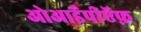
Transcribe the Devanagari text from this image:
ओआईपीऍफ़